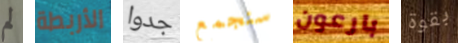
لم الأربطة جدوا سنجمع بارعون بقوة